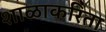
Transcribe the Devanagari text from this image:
शाळाकरिता